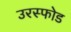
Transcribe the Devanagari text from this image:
उरस्फोड